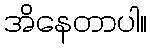
အိနေတာပါ။